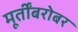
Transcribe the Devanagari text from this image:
मूर्तींबरोबर